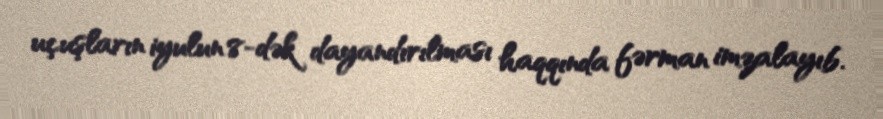
uçuşların iyulun 8-dək dayandırılması haqqında fərman imzalayıb.